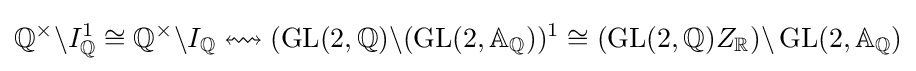
\mathbb {Q} ^{\times }\backslash I_{\mathbb {Q} }^{1}\cong \mathbb {Q} ^{\times }\backslash I_{\mathbb {Q} }\leftrightsquigarrow (\operatorname {GL} (2,\mathbb {Q} )\backslash (\operatorname {GL} (2,\mathbb {A} _{\mathbb {Q} }))^{1}\cong (\operatorname {GL} (2,\mathbb {Q} )Z_{\mathbb {R} })\backslash \operatorname {GL} (2,\mathbb {A} _{\mathbb {Q} })